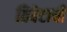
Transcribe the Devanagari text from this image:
तिबेटाची